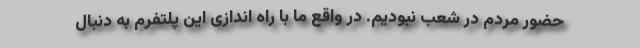
حضور مردم در شعب نبودیم. در واقع ما با راه اندازی این پلتفرم به دنبال